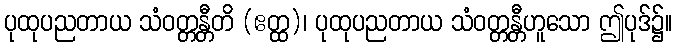
ပုထုပညတာယ သံဝတ္တန္တီတိ (ဧတ္ထ)၊ ပုထုပညတာယ သံဝတ္တန္တီဟူသော ဤပုဒ်၌။